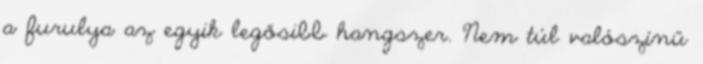
a furulya az egyik legősibb hangszer. Nem túl valószínű